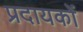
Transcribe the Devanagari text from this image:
प्रदायकों